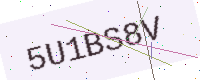
Text: 5U1BS8V